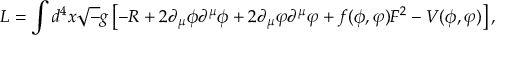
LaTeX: { \cal L } = \int d ^ { 4 } x { \sqrt - g } \left[ - R + 2 \partial _ { \mu } \phi \partial ^ { \mu } \phi + 2 \partial _ { \mu } \varphi \partial ^ { \mu } \varphi + f ( \phi , \varphi ) F ^ { 2 } - V ( \phi , \varphi ) \right] ,